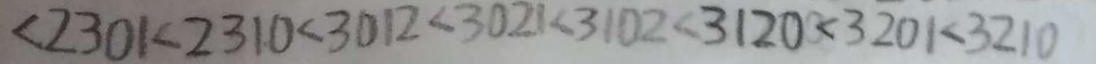
< 2 3 0 1 < 2 3 1 0 < 3 0 1 2 < 3 0 2 1 < 3 1 0 2 < 3 1 2 0 < 3 2 0 1 < 3 2 1 0